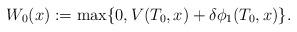
LaTeX: \begin{align*}W_0(x):=\max\{0, V(T_0,x)+\delta \phi_1(T_0,x)\}.\end{align*}